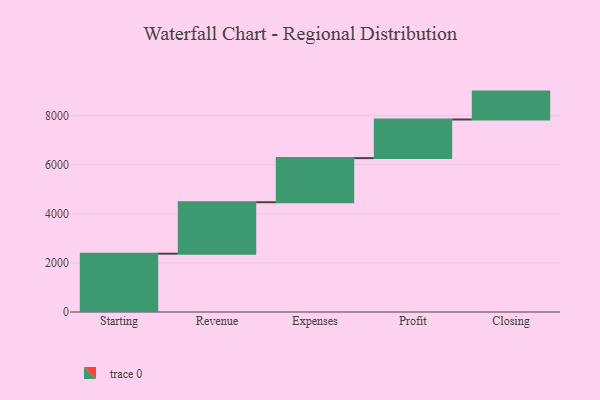
{"axis": {"x": "Step", "y": "Value"}, "legend": [""], "data": [{"x": "Starting", "y": 2376.0, "type": ""}, {"x": "Revenue", "y": 2096.0, "type": ""}, {"x": "Expenses", "y": 1797.0, "type": ""}, {"x": "Profit", "y": 1574.0, "type": ""}, {"x": "Closing", "y": 1136.0, "type": ""}]}